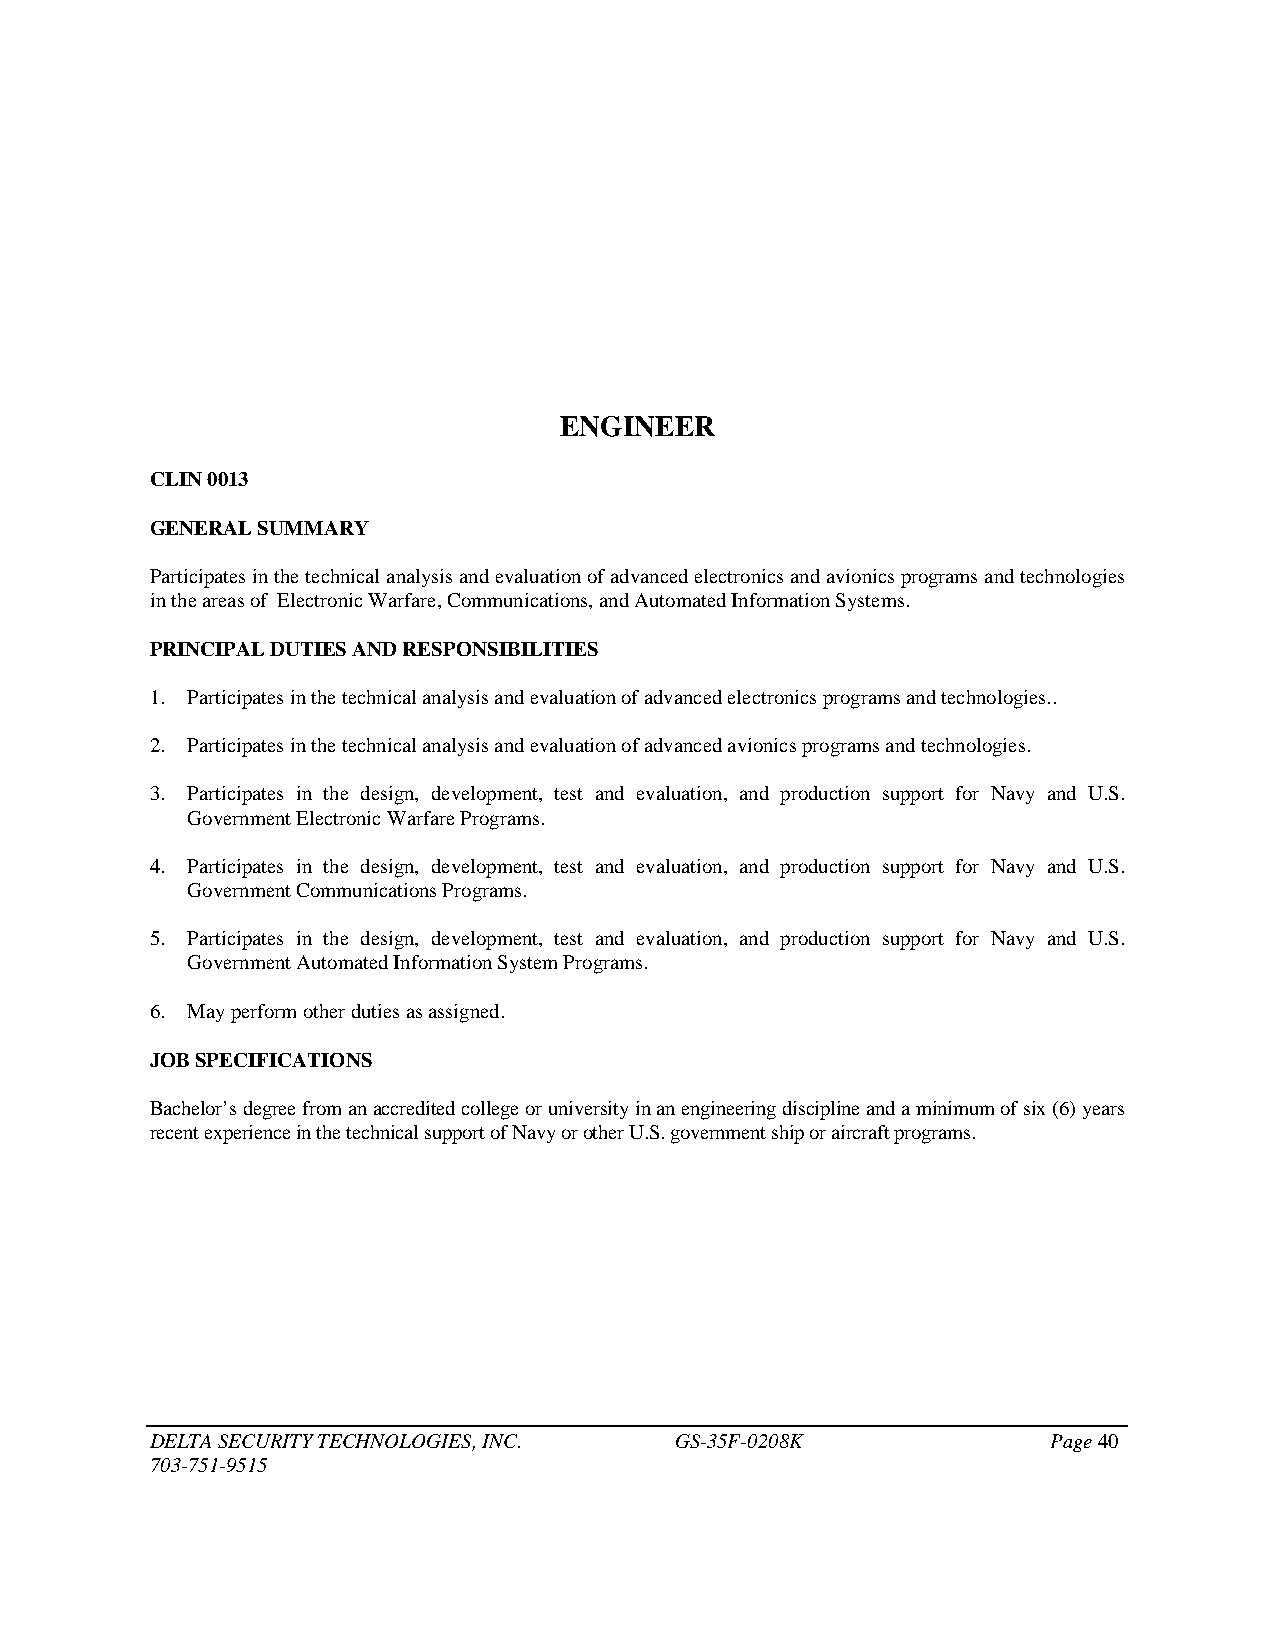
ENGINEER
 CLIN 0013
 GENERAL SUMMARY
 Participates in the technical analysis and evaluation of advanced electronics and avionics programs and technologies
 in the areas of Electronic Warfare, Communications, and Automated Information Systems.
 PRINCIPAL DUTIES AND RESPONSIBILITIES
 1. Participates in the technical analysis and evaluation of advanced electronics programs and technologies..
 2. Participates in the technical analysis and evaluation of advanced avionics programs and technologies.
 3. Participates in the design, development, test and evaluation, and production support for Navy and U.S.
 Government Electronic Warfare Programs.
 4. Participates in the design, development, test and evaluation, and production support for Navy and U.S.
 Government Communications Programs.
 5. Participates in the design, development, test and evaluation, and production support for Navy and U.S.
 Government Automated Information System Programs.
 6. May perform other duties as assigned.
 JOB SPECIFICATIONS
 Bachelor’s degree from an accredited college or university in an engineering discipline and a minimum of six (6) years
 recent experience in the technical support of Navy or other U.S. government ship or aircraft programs.
 DELTA SECURITY TECHNOLOGIES, INC.  GS-35F-0208K             Page 40
 703-751-9515